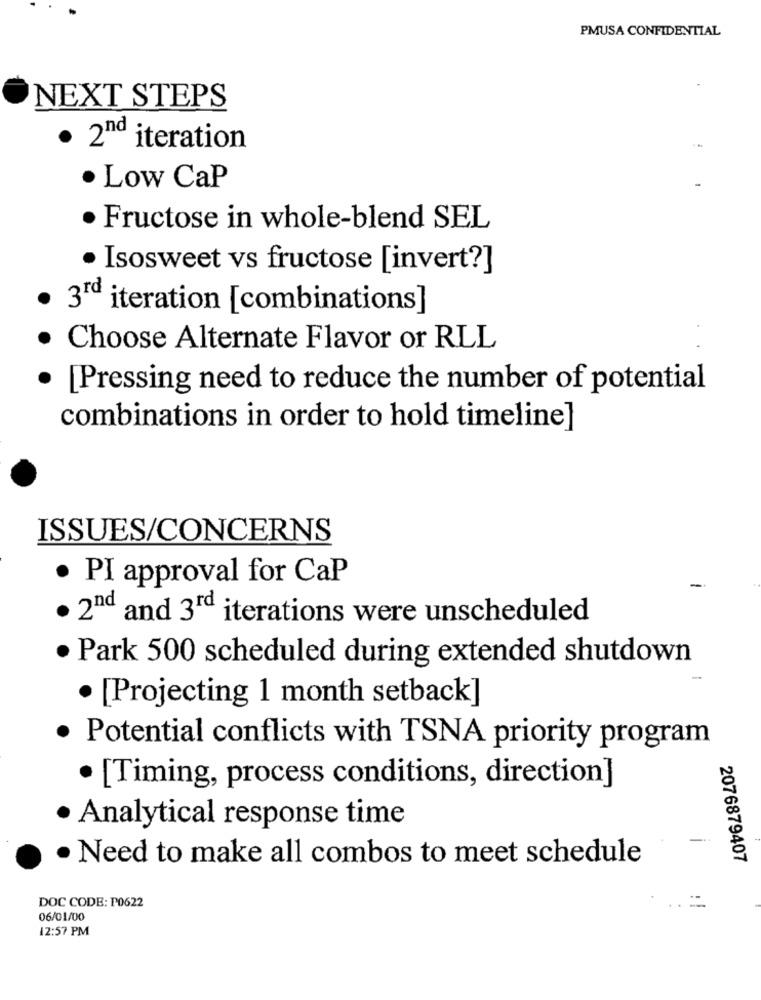
PMUSA CONFIDENTIAL
NEXT STEPS
· 2nd iteration
. Low CaP
Fructose in whole-blend SEL
· Isosweet vs fructose [invert?]
3rd iteration [combinations]
. Choose Alternate Flavor or RLL
· [Pressing need to reduce the number of potential
combinations in order to hold timeline]
ISSUES/CONCERNS
· PI approval for CaP
· 2nd and 3rd iterations were unscheduled
· Park 500 scheduled during extended shutdown
· [Projecting 1 month setback]
· Potential conflicts with TSNA priority program
· [Timing, process conditions, direction]
· Analytical response time
· Need to make all combos to meet schedule
2076879407
.. =
DOC CODE: P0622
06/01/00
12:57 PM